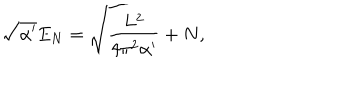
LaTeX: \sqrt { \alpha ^ { \prime } } E _ { N } = \sqrt { \frac { L ^ { 2 } } { 4 \pi ^ { 2 } \alpha ^ { \prime } } + N } ,